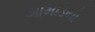
ગામડિયો